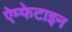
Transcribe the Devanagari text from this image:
ऐम्फेटाइन